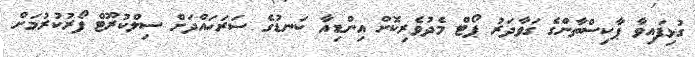
ގުޅިފައިވާ ޕާކިސްތާންގެ ގަވާދަރު ޕޯޓް މެދުވެރިކޮށް އިންޑިއާ ކަނޑުގެ ސަރަހައްދަށް ސިލްކުރޫޓް ފޯރުކުރުމަށް